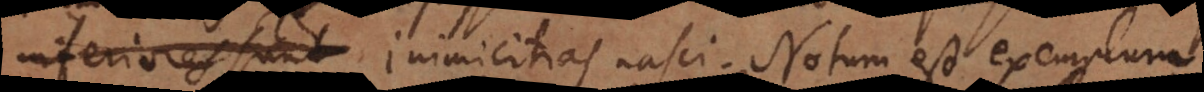
quos inimicitias nasci. Notum est exemplum